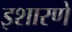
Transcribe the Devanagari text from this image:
इशारणे